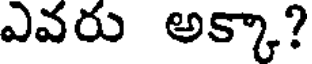
ఎవరు అక్కా?